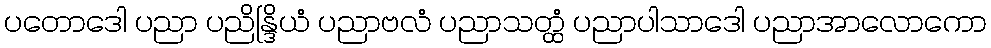
ပတောဒေါ ပညာ ပညိန္ဒြိယံ ပညာဗလံ ပညာသတ္ထံ ပညာပါသာဒေါ ပညာအာလောကော